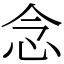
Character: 念